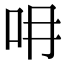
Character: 𠯍